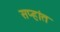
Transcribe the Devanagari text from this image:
सप्हांत